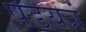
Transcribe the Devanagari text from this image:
षडयत्रं